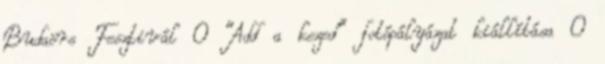
Budaörs Fesztivál 0 “Add a kezed” fotópályázat kiállítása 0